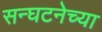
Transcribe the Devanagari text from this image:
सन्घटनेच्या